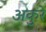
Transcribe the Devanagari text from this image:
अकुरे